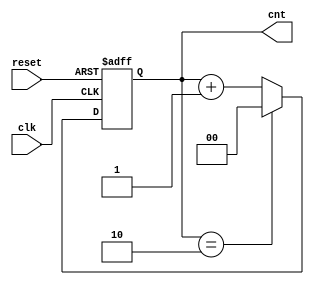
module good_counter (input clk , input reset , output reg [1:0] cnt);
wire comp;

assign comp = (cnt == 2'b10);

always @(posedge clk , posedge reset)
begin
	if(reset)
		cnt <= 2'b00;
	else if(comp)
		cnt <= 2'b00;
	else
		cnt <= cnt+1;
end



endmodule